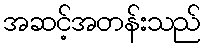
အဆင့်အတန်းသည်